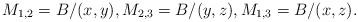
LaTeX: \begin{align*}M_{1,2} = B/(x,y), M_{2,3} = B/(y,z), M_{1,3} = B/(x,z).\end{align*}